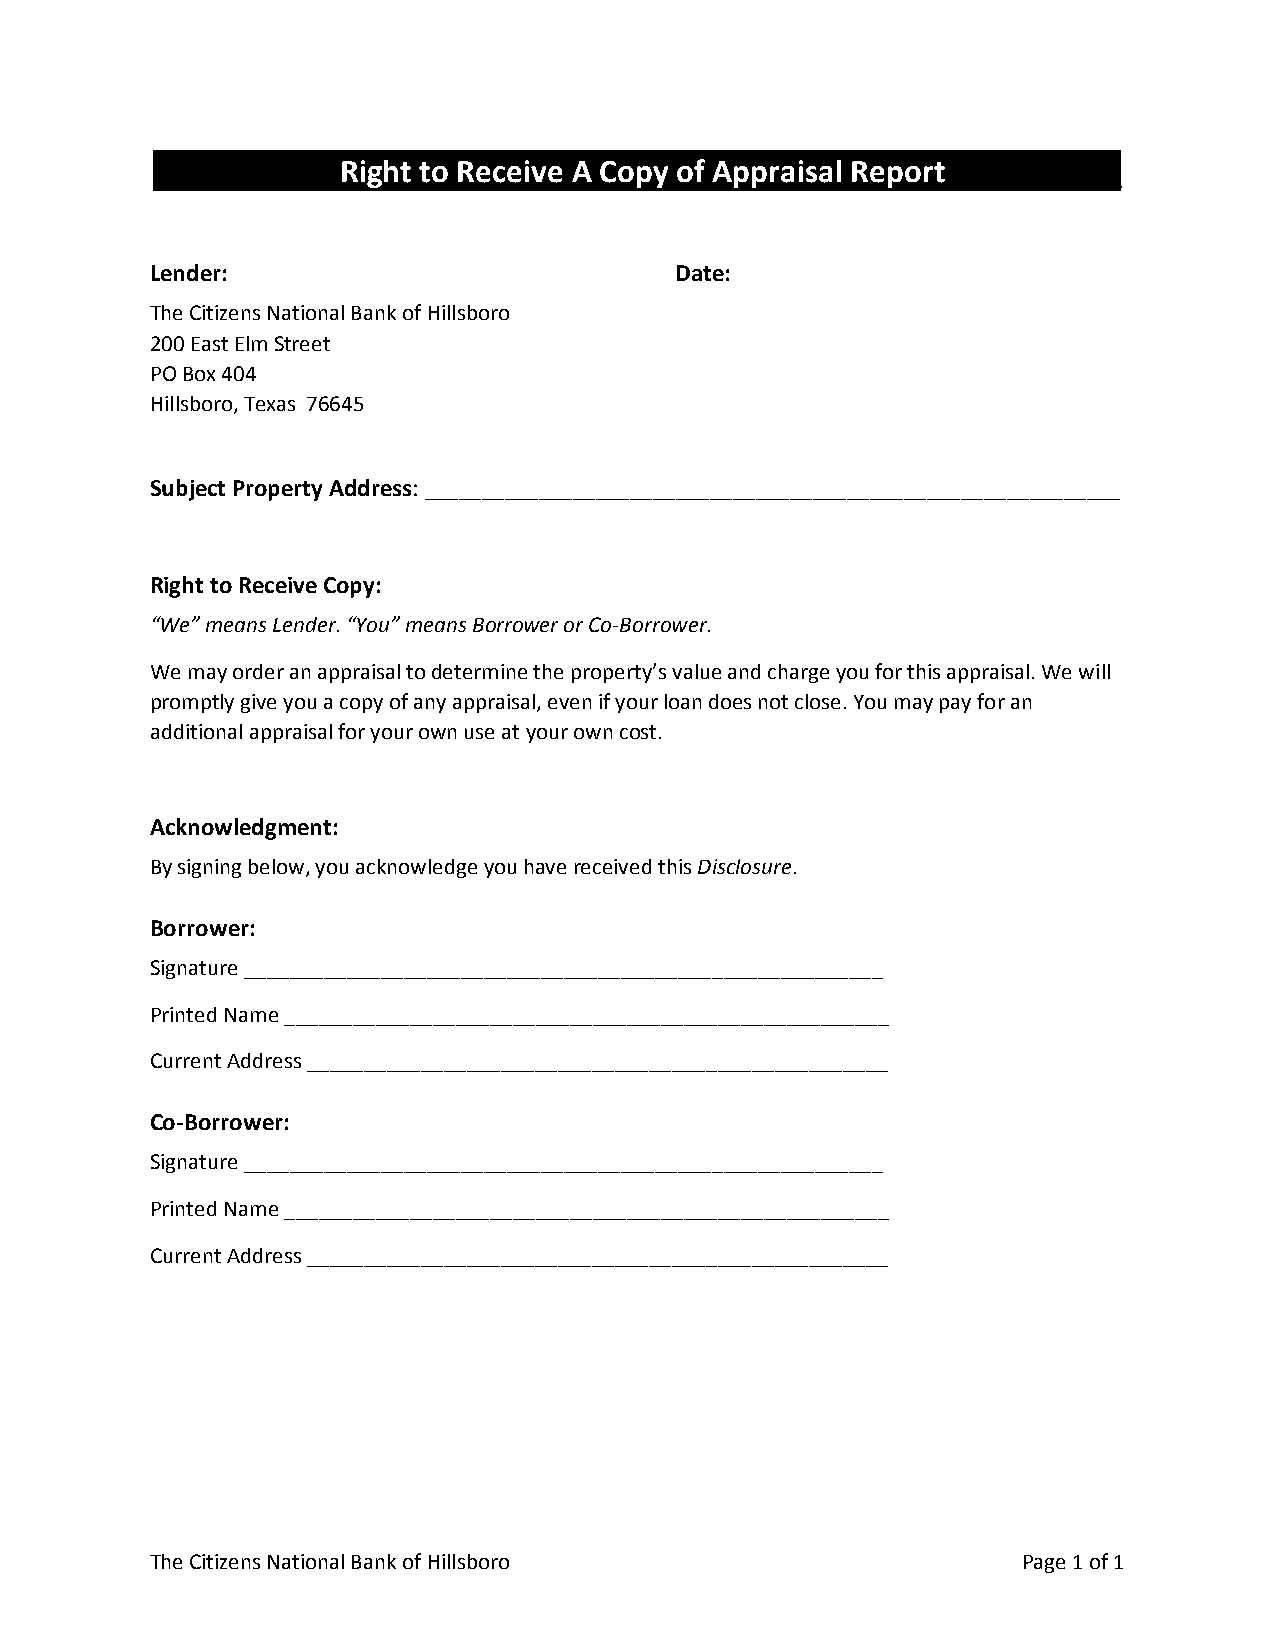
______   ___Right to Receive A Copy of Appraisal Report___  ____
 Lender:                            Date:
 The Citizens National Bank of Hillsboro
 200 East Elm Street
 PO Box 404
 Hillsboro, Texas 76645
 Subject Property Address: _____________________________________________________________
 Right to Receive Copy:
 “We” means Lender. “You” means Borrower or Co-Borrower.
 We may order an appraisal to determine the property’s value and charge you for this appraisal. We will
 promptly give you a copy of any appraisal, even if your loan does not close. You may pay for an
 additional appraisal for your own use at your own cost.
 Acknowledgment:
 By signing below, you acknowledge you have received this Disclosure.
 Borrower:
 Signature ________________________________________________________
 Printed Name _____________________________________________________
 Current Address ___________________________________________________
 Co-Borrower:
 Signature ________________________________________________________
 Printed Name _____________________________________________________
 Current Address ___________________________________________________
 The Citizens National Bank of Hillsboro                   Page 1 of 1